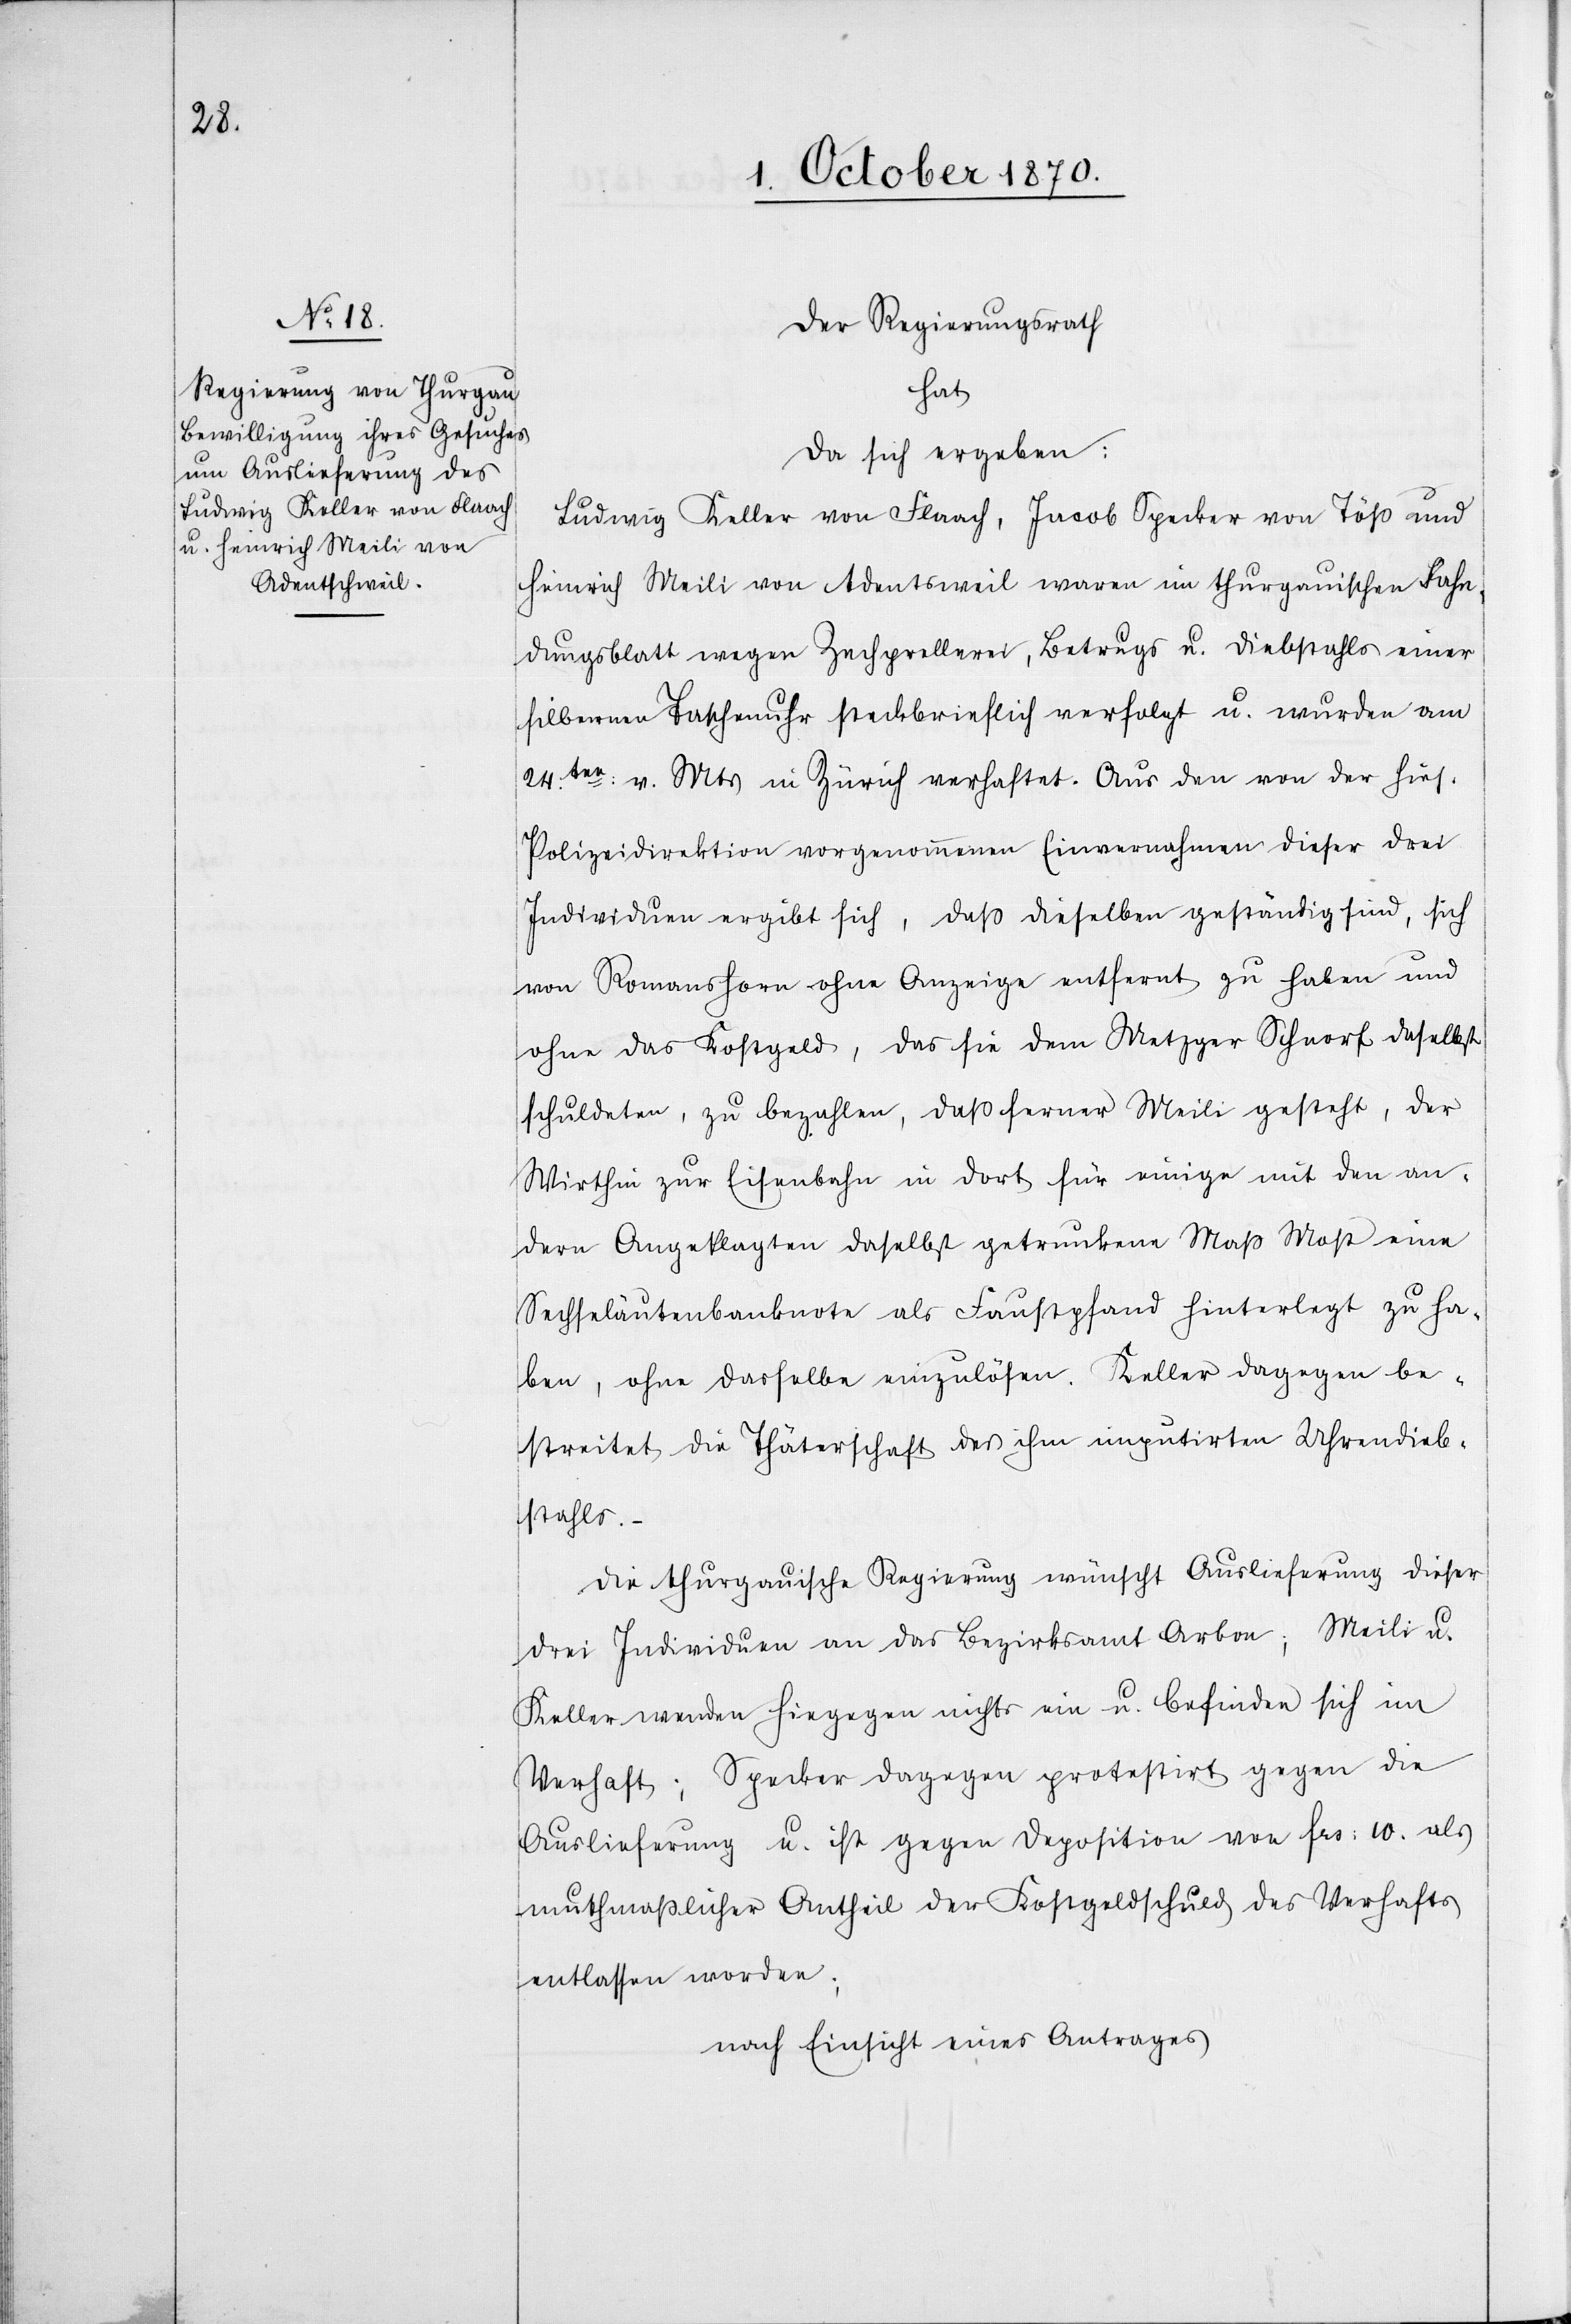
Der Regierungsrath
hat
da sich ergeben:
Ludwig Keller von Flaach, Jacob Specker von Töß und
Heinrich Meili von Adentsweil waren im thurgauischen Fahn¬
dungsblatt wegen Zechprellerei, Betrugs u. Diebstahls einer
silbernen Taschenuhr steckbrieflich verfolgt u. wurden am
24ten: v. Mts. in Zürich verhaftet. Aus den von der hies.
Polizeidirektion vorgenommenen Einvernahmen dieser drei
Individuen ergibt sich, daß dieselben geständig sind, sich
von Romanshorn ohne Anzeige entfernt zu haben und
ohne das Kostgeld, das sie dem Metzger Schnorf daselbst
schuldeten, zu bezahlen, daß ferner Meili gesteht, der
Wirthin zur Eisenbahn in Dorf für einige mit den an¬
dern Angeklagten daselbst getrunkene Maß Most eine
Sechseläutenbanknote als Faustpfand hinterlegt zu ha¬
ben, ohne dasselbe einzulösen. Keller dagegen be¬
streitet die Thäterschaft des ihm imputirten Uhrendieb¬
stahls.
Die thurgauische Regierung wünscht Auslieferung dieser
drei Individuen an das Bezirksamt Arbon; Meili u.
Keller wenden hingegen nichts ein u. befinden sich im
Verhaft; Specker dagegen protestirt gegen die
Auslieferung u. ist gegen Deposition von Fr: 10 als
muthmaßlicher Antheil der Kostgeldschuld des Verhaftes
entlassen worden;
nach Einsicht eines Antrages